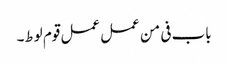
باب فی من عمل عمل قوم لوط۔